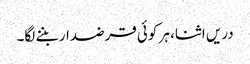
دریں اثنا، ہر کوئی قرضدار بننے لگا۔